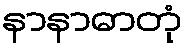
နာနာဓာတုံ